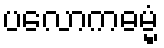
ပလောကဓမ္မံ